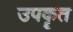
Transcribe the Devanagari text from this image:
उपकॄत